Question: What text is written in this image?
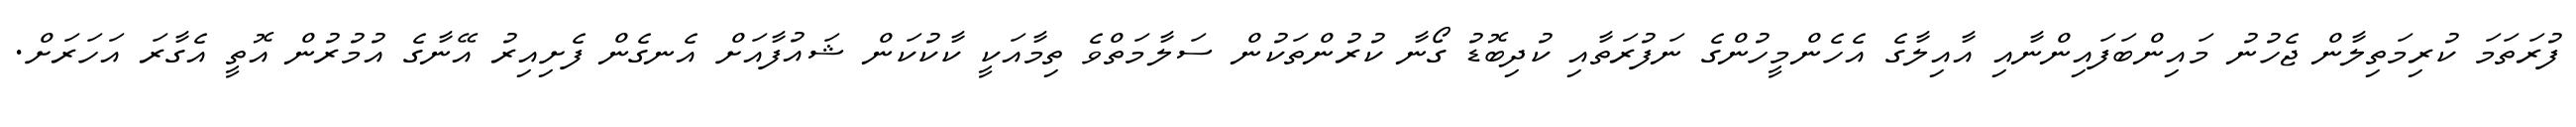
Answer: ފުރަތަމަ ކުރިމަތިލާން ޖެހުނު މައިންބަފައިންނާއި އާއިލާގެ އެހެންމީހުންގެ ނަފުރަތާއި ކުދިބޮޑު ގޯނާ ކުރުންތަކުން ސަލާމަތްވެ ތިމާއަކީ ކާކުކަން ޝައުފާއަށް އެނގެން ފެށިއިރު އޭނާގެ އުމުރުން އޮތީ އެގާރަ އަހަރަށް.